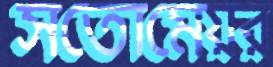
সতোমেয়র